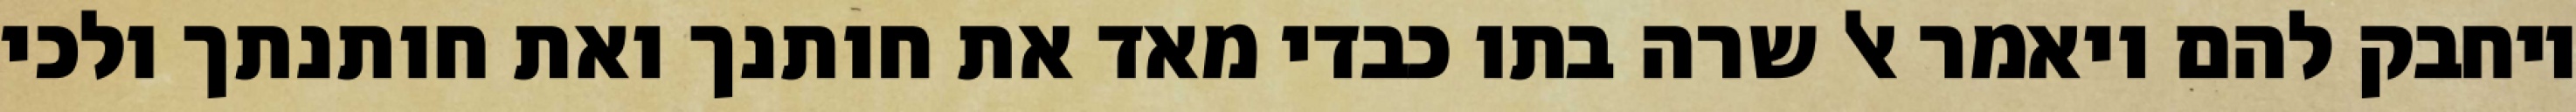
ויחבק להם ויאמר אל שרה בתו כבדי מאד את חותנך ואת חותנתך ולכי